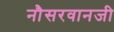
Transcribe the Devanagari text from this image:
नौसरवानजी